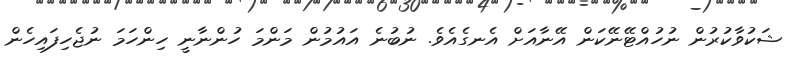
ޝަކުވާކުރުން ނުހުއްޓޭނޭކަން އޭނާއަށް އެނގެއެވެ. ނުބުނެ އައުމުން މަންމަ ހުންނާނީ ހިންހަމަ ނުޖެހިފައިހެން